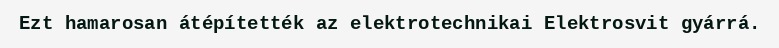
Ezt hamarosan átépítették az elektrotechnikai Elektrosvit gyárrá.